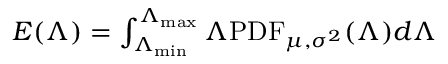
\begin{array} { r } { E ( \Lambda ) = \int _ { \Lambda _ { \operatorname* { m i n } } } ^ { \Lambda _ { \operatorname* { m a x } } } \Lambda \mathrm { P D F } _ { \mu , \sigma ^ { 2 } } ( \Lambda ) d \Lambda } \end{array}